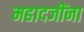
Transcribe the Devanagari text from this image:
महादजींना